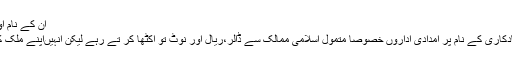
ان کے نام اور مسائل کو استعمال کر کے پاکستانی
سیاستداں ووٹ اور ان کو بلانے اور آبادکاری کے نام پر امدادی اداروں خصوصاََ متمول اسلامی ممالک سے ڈالر،ریال اور نوٹ تو اکٹھا کر تے رہے لیکن انہیںاپنے ملک کا شہری بنانے پر کوئی تیار نہیں تھا ۔